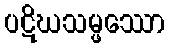
ပဋိဃသမ္ဖဿော